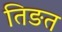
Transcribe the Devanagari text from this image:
तिङत